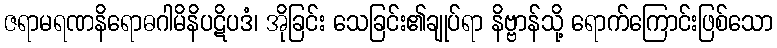
ဇရာမရဏနိရောဓဂါမိနိပဋိပဒံ၊ အိုခြင်း သေခြင်း၏ချုပ်ရာ နိဗ္ဗာန်သို့ ရောက်ကြောင်းဖြစ်သော